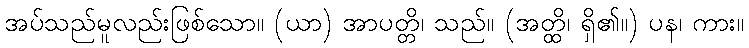
အပ်သည်မူလည်းဖြစ်သော။ (ယာ) အာပတ္တိ၊ သည်။ (အတ္ထိ၊ ရှိ၏။) ပန၊ ကား။